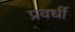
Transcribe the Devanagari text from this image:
प्रवर्धी